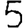
Digit: 5